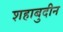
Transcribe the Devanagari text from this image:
शहाबुदीन